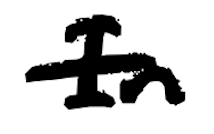
Text: In
Cross-out: single-line
Writing tool: digital_black